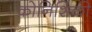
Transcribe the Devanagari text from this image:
कोनिशिकी